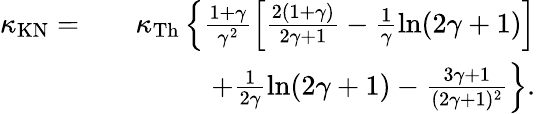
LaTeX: \begin{array}{rlr}{\kappa_{\mathrm{KN}}=}&{}&{\kappa_{\mathrm{Th}}\left\{ \frac{1+\gamma}{\gamma^{2}}\left[\frac{2(1+\gamma)}{2\gamma+1}-\frac{1}{\gamma}\ln(2\gamma+1)\right]\right.}\\ &{}&{\left.+\frac{1}{2\gamma}\ln(2\gamma+1)-\frac{3\gamma+1}{(2\gamma+1)^{2}}\right\} .}\end{array}